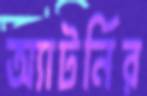
অ্যাটর্নির